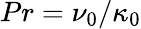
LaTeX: Pr=\nu_{0}/\kappa_{0}